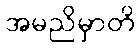
အမညိမှာတိ